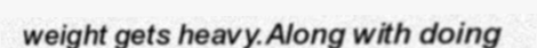
weight gets heavy.Along with doing